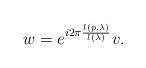
LaTeX: \begin{align*}w=e^{i 2 \pi \frac{l(p,\lambda)}{l(\lambda)}} v.\end{align*}